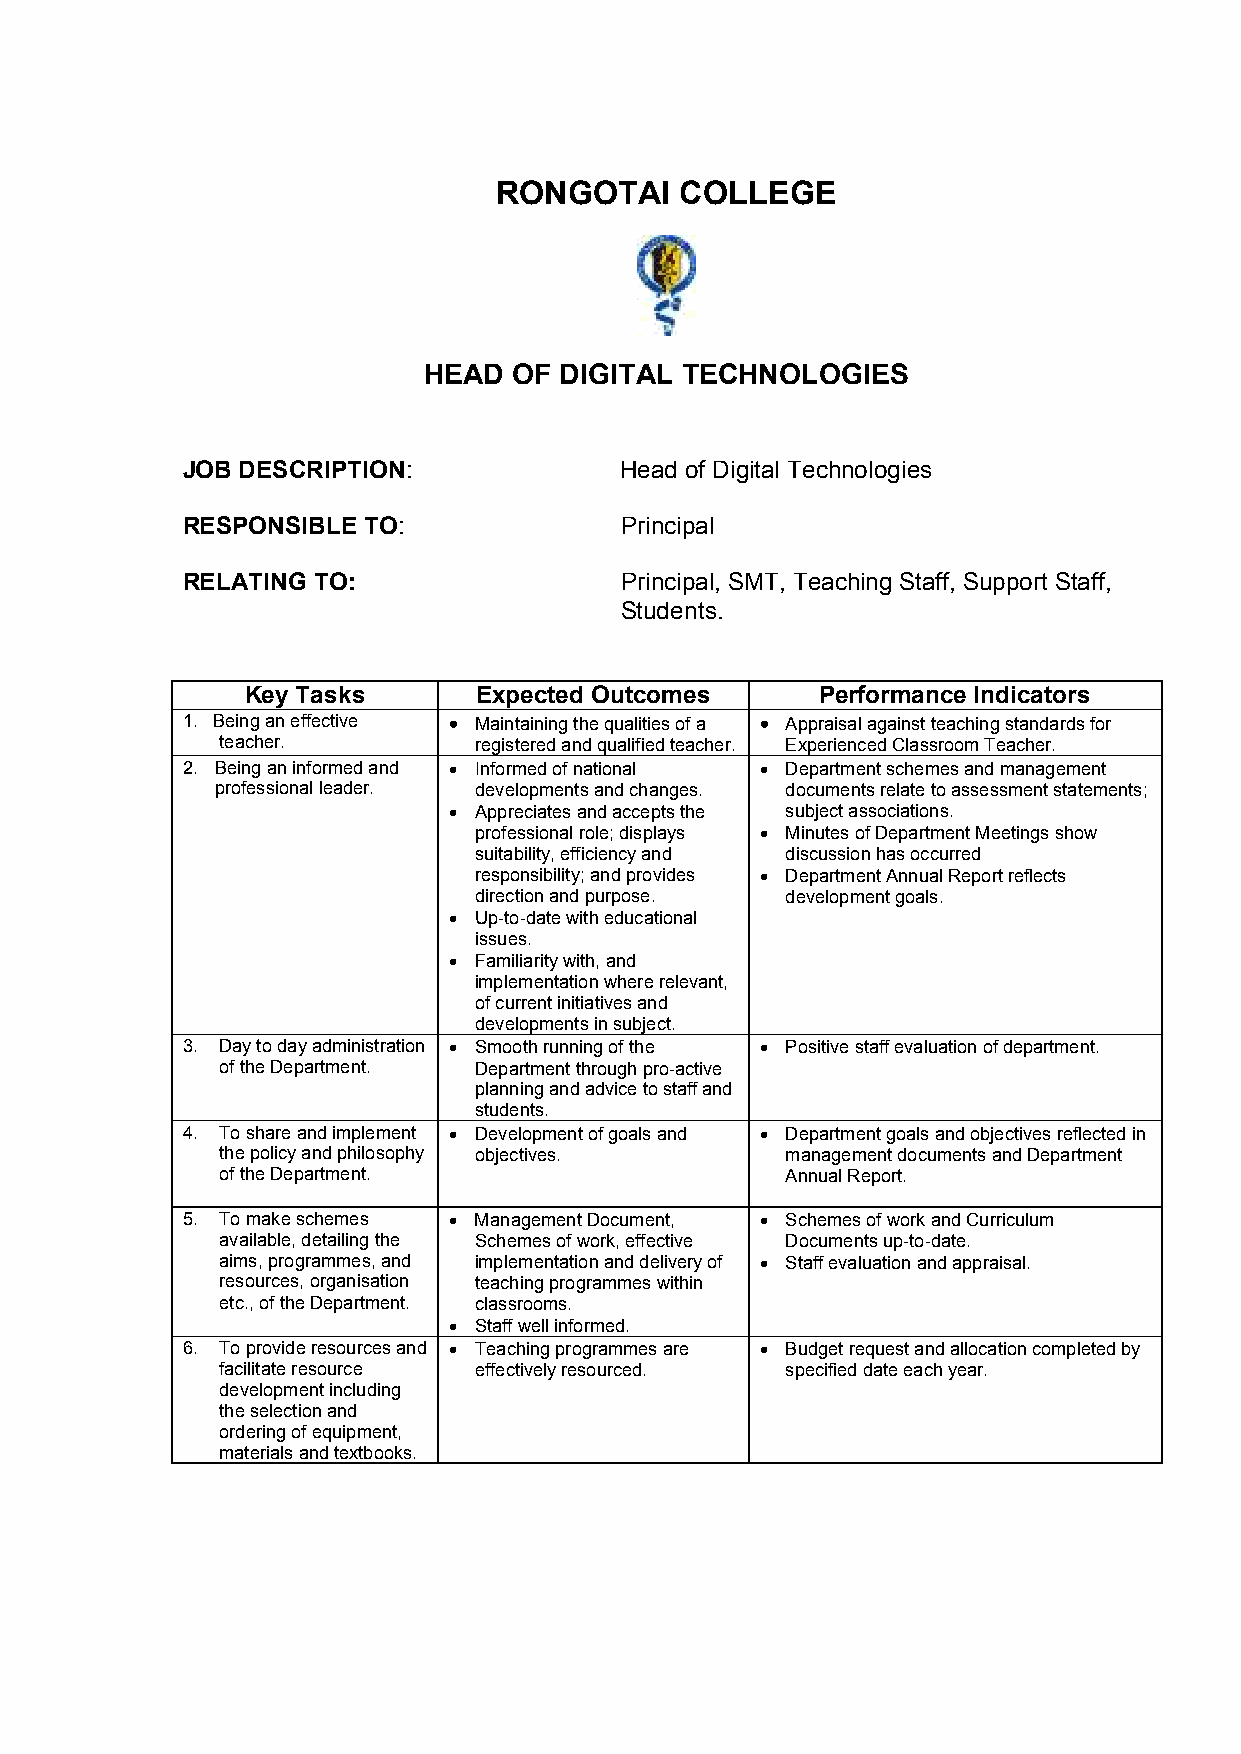
RONGOTAI    COLLEGE
 HEAD  OF DIGITAL TECHNOLOGIES
 JOB DESCRIPTION:             Head of Digital Technologies
 RESPONSIBLE TO:              Principal
 RELATING TO:                 Principal, SMT, Teaching Staff, Support Staff,
 Students.
 Key Tasks       Expected Outcomes     Performance Indicators
 1. Being an effective • Maintaining the qualities of a • Appraisal against teaching standards for
 teacher.        registered and qualified teacher. Experienced Classroom Teacher.
 2. Being an informed and • Informed of national • Department schemes and management
 professional leader. developments and changes. documents relate to assessment statements;
 • Appreciates and accepts the subject associations.
 professional role; displays • Minutes of Department Meetings show
 suitability, efficiency and discussion has occurred
 responsibility; and provides • Department Annual Report reflects
 direction and purpose. development goals.
 • Up-to-date with educational
 issues.
 • Familiarity with, and
 implementation where relevant,
 of current initiatives and
 developments in subject.
 3. Day to day administration • Smooth running of the • Positive staff evaluation of department.
 of the Department. Department through pro-active
 planning and advice to staff and
 students.
 4. To share and implement • Development of goals and • Department goals and objectives reflected in
 the policy and philosophy objectives. management documents and Department
 of the Department.                   Annual Report.
 5. To make schemes • Management Document, • Schemes of work and Curriculum
 available, detailing the Schemes of work, effective Documents up-to-date.
 aims, programmes, and implementation and delivery of • Staff evaluation and appraisal.
 resources, organisation teaching programmes within
 etc., of the Department. classrooms.
 • Staff well informed.
 6. To provide resources and • Teaching programmes are • Budget request and allocation completed by
 facilitate resource effectively resourced. specified date each year.
 development including
 the selection and
 ordering of equipment,
 materials and textbooks.